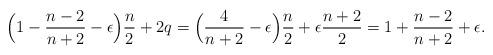
LaTeX: \begin{align*}\Big(1-\frac{n-2}{n+2}-\epsilon\Big)\frac n2+2q=\Big(\frac{4}{n+2}-\epsilon\Big)\frac n2+\epsilon\frac{n+2}2=1+\frac{n-2}{n+2}+\epsilon.\end{align*}